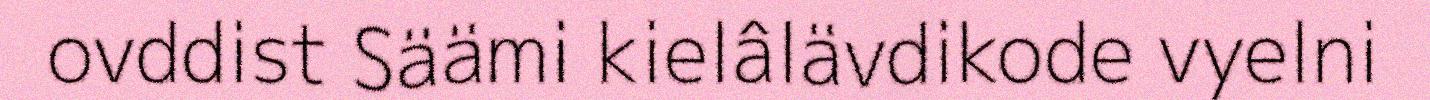
ovddist Säämi kielâlävdikode vyelni